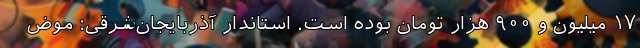
۱۷ میلیون و ۹۰۰ هزار تومان بوده است. استاندار آذربایجان‌شرقی: موض